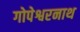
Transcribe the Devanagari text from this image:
गोपेश्वरनाथ